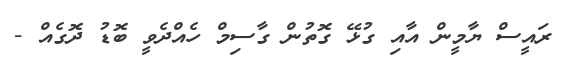
ރައީސް ޔާމީން އާއި ގުޅޭ ގޮތުން ގާސިމް ހެއްދެވީ ބޮޑު ދޮގެއް -